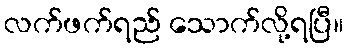
လက်ဖက်ရည် သောက်လို့ရပြီ။